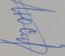
Signature authenticity: genuine